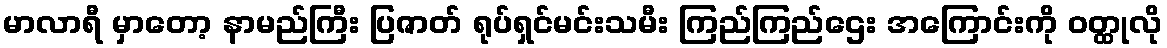
မာလာရီ မှာတော့ နာမည်ကြီး ပြဇာတ် ရုပ်ရှင်မင်းသမီး ကြည်ကြည်ဌေး အကြောင်းကို ဝတ္ထုလို